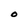
Character: O